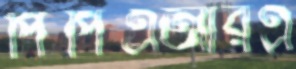
পিপিএআরএ